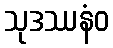
သုဒဿနံဝ